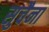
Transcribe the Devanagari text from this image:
सुचैना